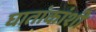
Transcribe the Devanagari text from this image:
घातांकांशी